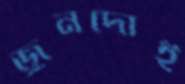
জুনদোই